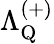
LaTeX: \Lambda_{\mathrm{Q}}^{(+)}